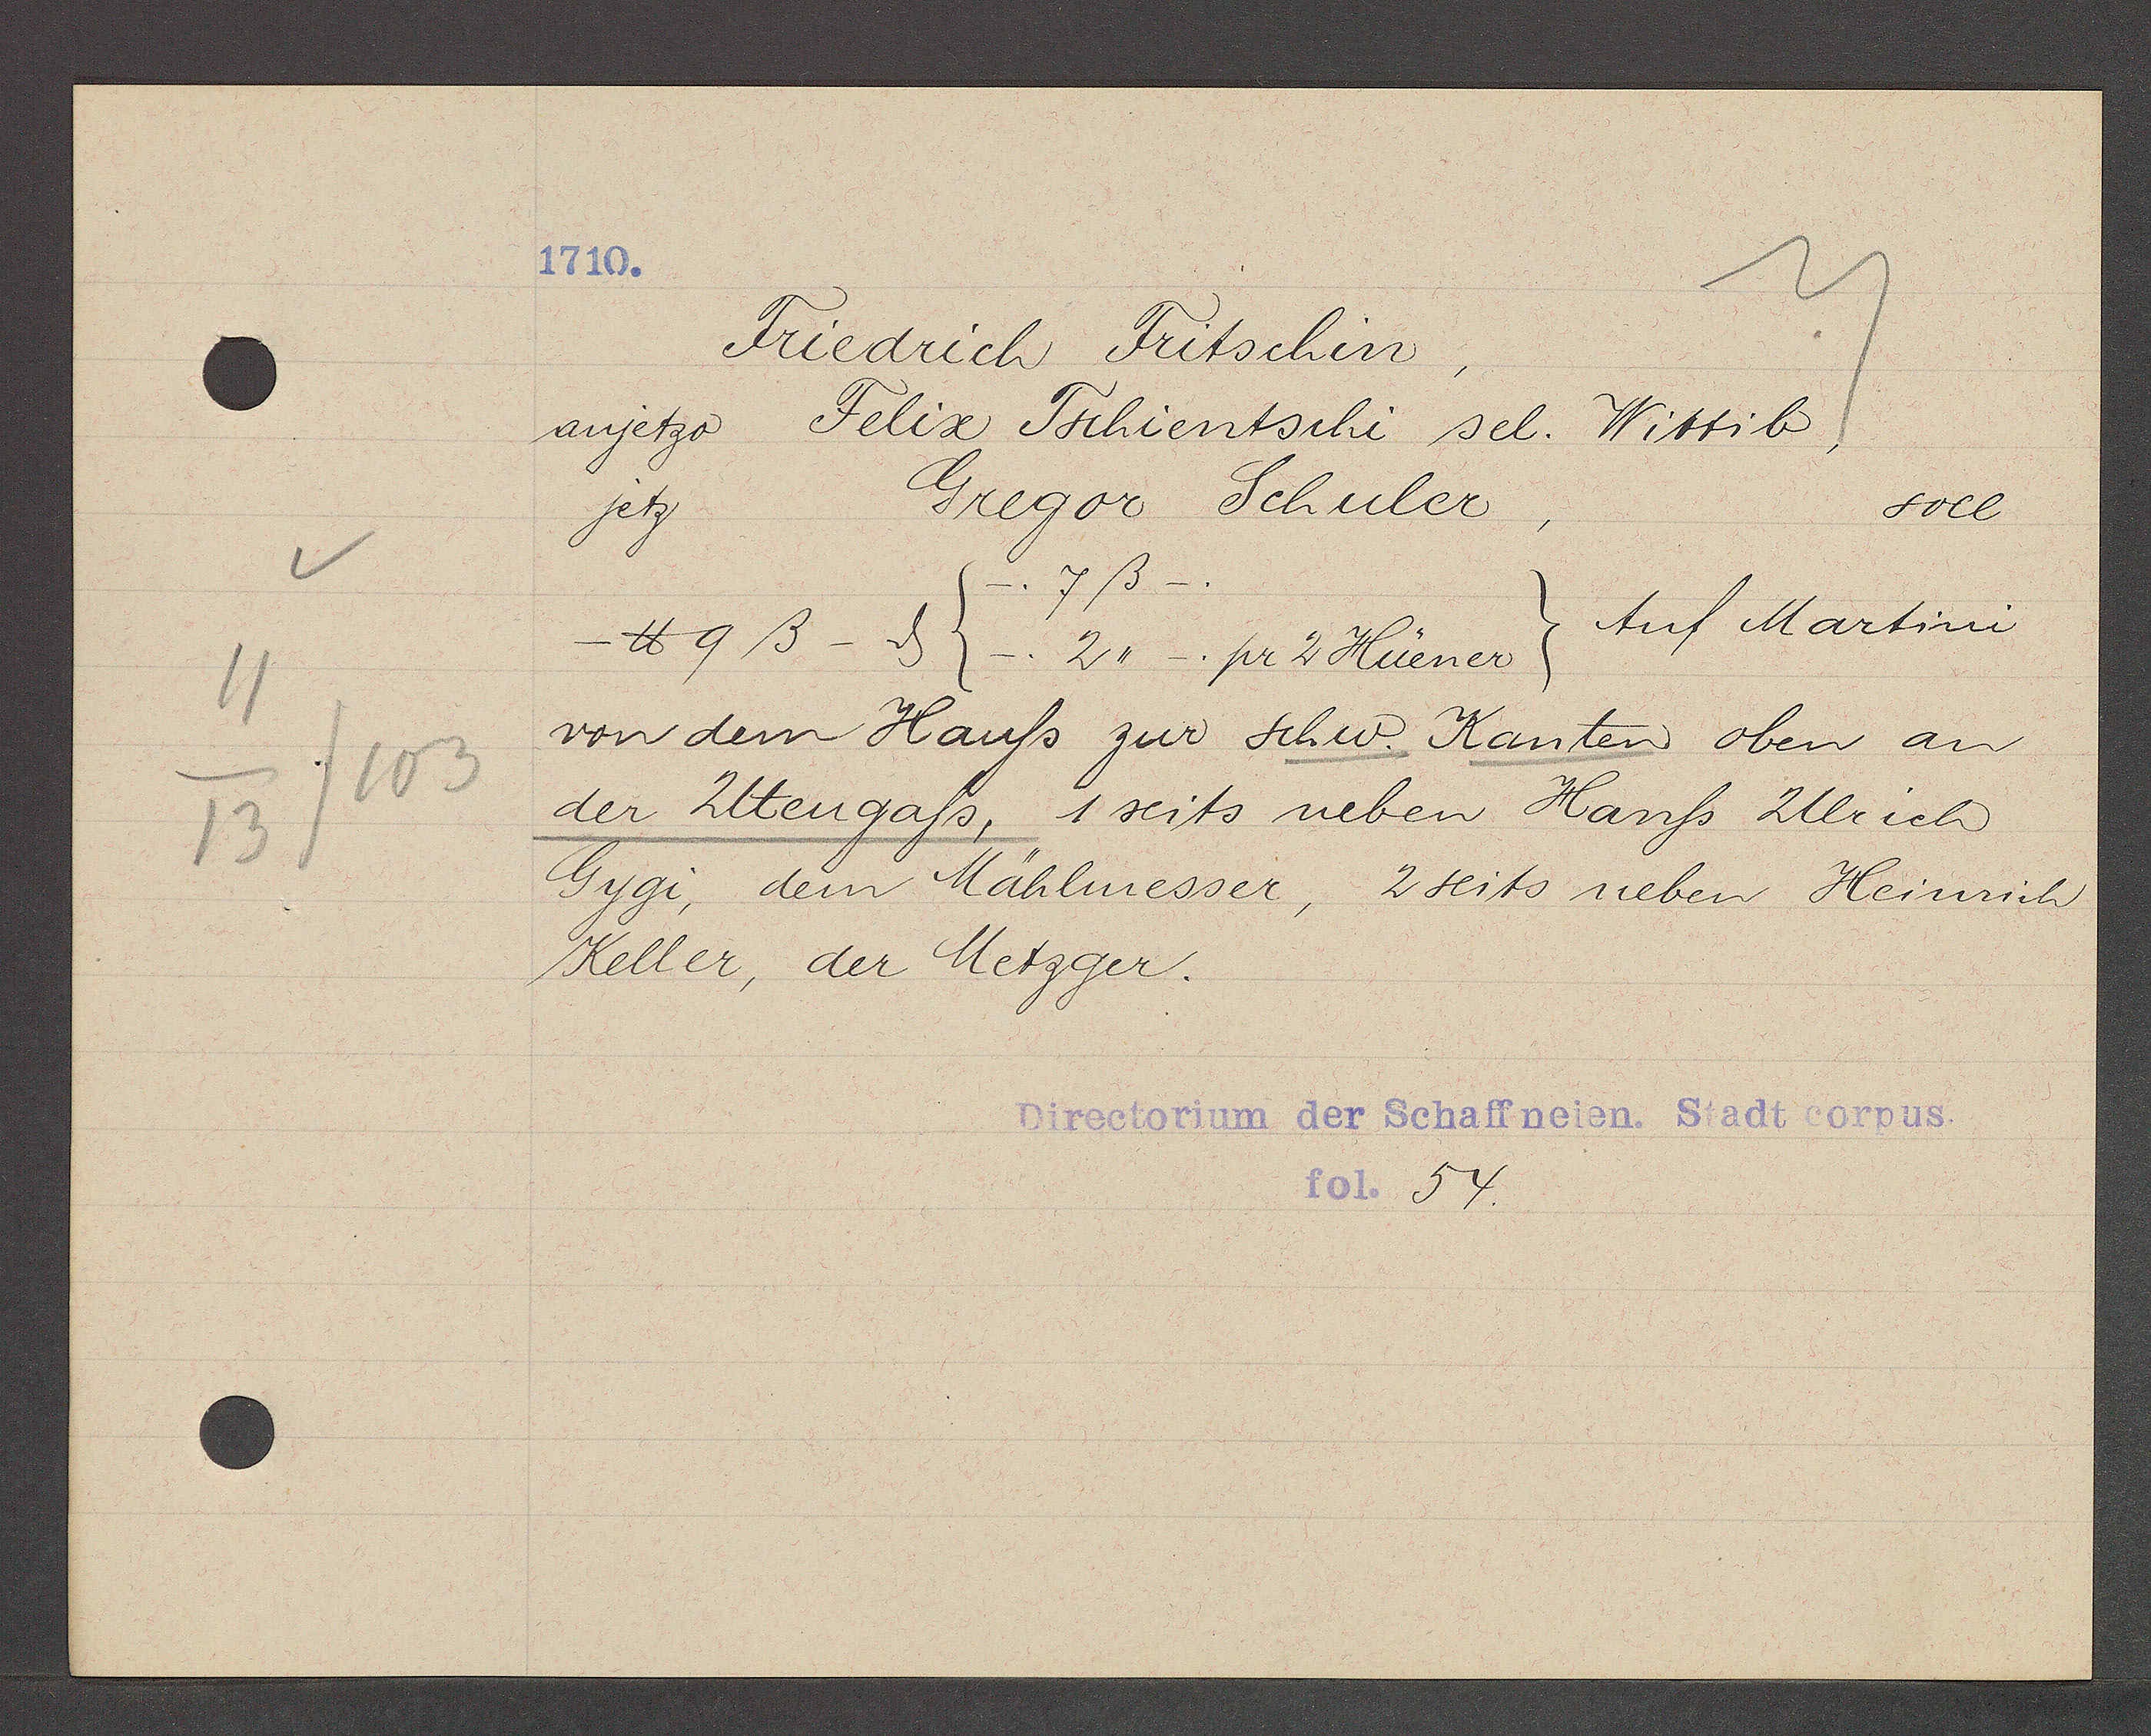
Transcript:
11
13
103

1710.

anjetzo Felix Tchientschi sel. Wittib
jetz
von dem Haußs zur schw. Kanten oben an
der Utengaß, 1 seits neben Hans Ulrich
Gygi, dem Mahlmesser, 2 seits neben Heinrich
Keller, der Metzger.
℔ 9 ß - ȡ (_. 2,, pr 2 Huener)
Friedrich Fritschin
Gregor Schuler
7ß
Auf Martini
soll

Directorium der Schaffneien. Stadt corpus
fol. 54.